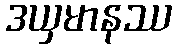
ဒယှမာနဿ